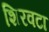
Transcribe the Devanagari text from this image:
शिरवटा